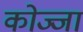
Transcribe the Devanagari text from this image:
कोज्जा